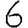
Digit: 6